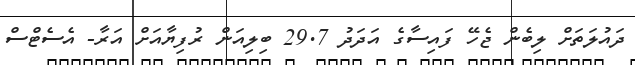
ދައުލަތަށް ލިބެން ޖެހޭ ފައިސާގެ އަދަދު 29.7 ބިލިއަން ރުފިޔާއަށް އަރާ- އެސެޓްސް